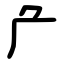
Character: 厃